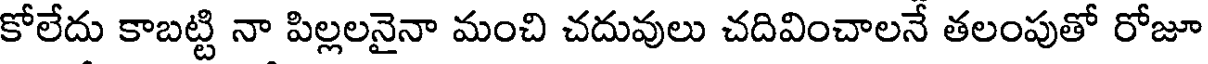
కోలేదు కాబట్టి నా పిల్లలనైనా మంచి చదువులు చదివించాలనే తలంపుతో రోజూ